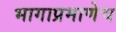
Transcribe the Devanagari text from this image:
भागाप्रमाणेच